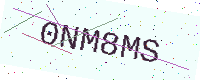
Text: 0NM8MS